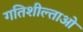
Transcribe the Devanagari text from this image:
गतिशील्ताओं